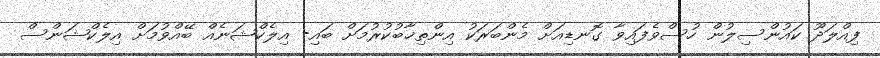
ފިއްލަދޫ ކައުންސިލުން ހުސްވެފައިވާ ގޮނޑިއަށް މެންބަރަކު އިންތިޚާބުކުރުމަށް ބައި- އިލެކްޝަނެއް ބޭއްވުމަށް އިލެކްޝަންސް